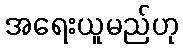
အရေးယူမည်ဟု